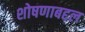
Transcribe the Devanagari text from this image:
शोषणाबद्दल